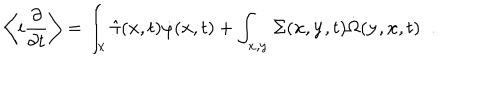
\left\langle i \frac { \partial } { \partial t } \right\rangle = \int _ { \bf x } \hat { \pi } ( { \bf x } , t ) \dot { \varphi } ( { \bf x } , t ) + \int _ { \bf x , y } \Sigma ( { \bf x } , { \bf y } , t ) \dot { \Omega } ( { \bf y } , { \bf x } , t ) \; \; .